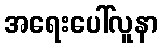
အရေးပေါ်လူနာ